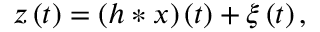
z \left( t \right) = \left( h * x \right) \left( t \right) + \xi \left( t \right) ,